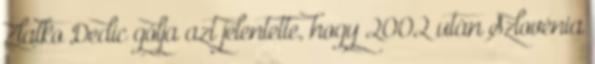
Zlatko Dedic gólja azt jelentette, hogy 2002 után Szlovénia